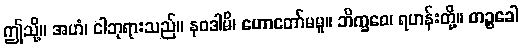
ဤသို့။ အဟံ၊ ငါဘုရားသည်။ နဝဒါမိ၊ ဟောတော်မမူ။ ဘိက္ခဝေ၊ ရဟန်းတို့။ တဉ္စခေါ